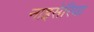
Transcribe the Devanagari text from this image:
नाइसेरिया